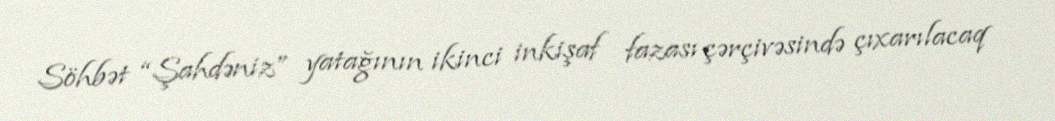
Söhbət “Şahdəniz” yatağının ikinci inkişaf fazası çərçivəsində çıxarılacaq